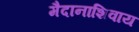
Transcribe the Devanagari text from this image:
मैदानाशिवाय